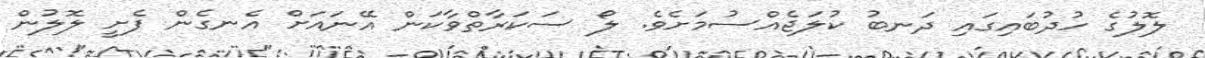
ލޮލުގެ ހުދުބައިގައި ދަނބު ކުލަޖެއްސުމަށެވެ. ލޯ ސަކަރާތްވާކަން އޭނައަށް އެނގެން ފެށީ ލޮލުން